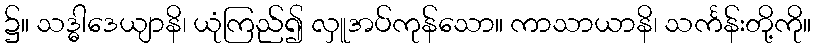
၌။ သဒ္ဓါဒေယျာနိ၊ ယုံကြည်၍ လှူအပ်ကုန်သော။ ကာသာယာနိ၊ သင်္ကန်းတို့ကို။